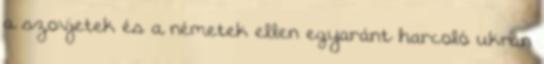
a szovjetek és a németek ellen egyaránt harcoló ukrán